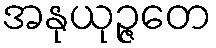
အနုယုဉ္ဇတေ